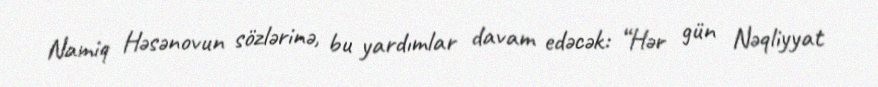
Namiq Həsənovun sözlərinə, bu yardımlar davam edəcək: “Hər gün Nəqliyyat